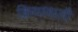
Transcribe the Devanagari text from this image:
क्रियावाली